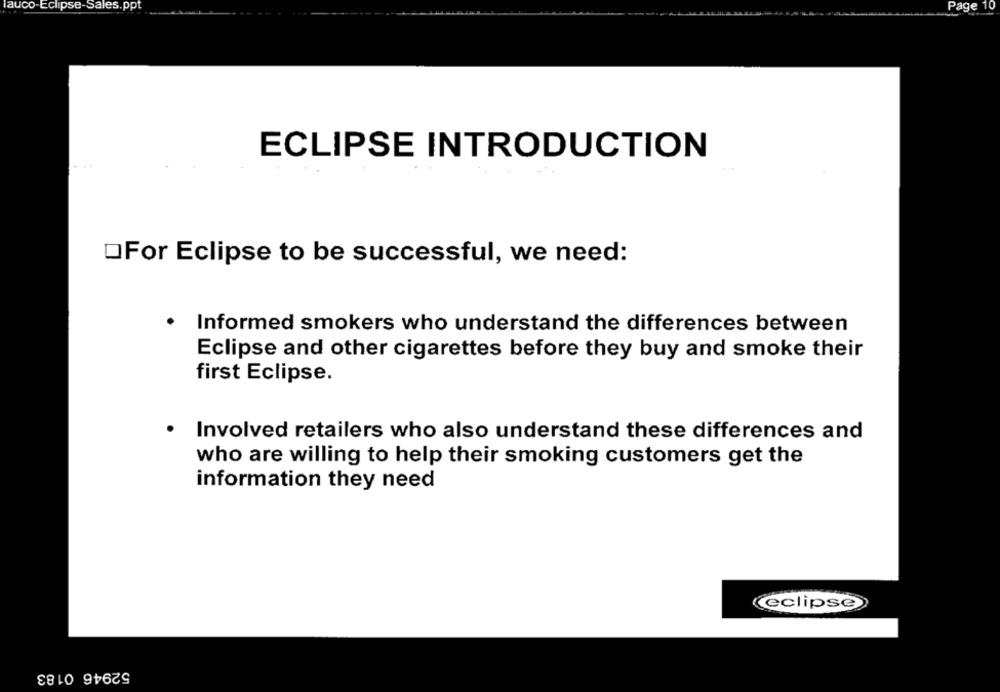
auco-Eclipse-Sales.ppt
Page 10
ECLIPSE INTRODUCTION
OFor Eclipse to be successful, we need:
Informed smokers who understand the differences between
Eclipse and other cigarettes before they buy and smoke their
first Eclipse.
Involved retailers who also understand these differences and
who are willing to help their smoking customers get the
information they need
eclipse
52946 0183